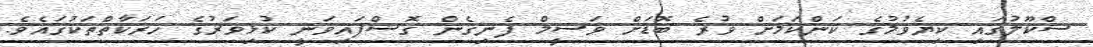
ސްކޫލުގައި ކިޔެވުމުގެ ކަންކަމަށް ވުރެ ބޮޑަށް ވަސީމް ފެނިގެން ގޮސްފައިވަނީ ކުޅިވަރުގެ ހަރަކާތްތަކުގައެވެ.